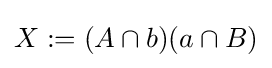
X:=(A\cap b)(a\cap B)